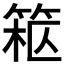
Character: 𥮹